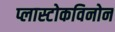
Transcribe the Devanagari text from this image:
प्लास्टोकविनोन